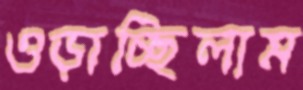
ওড়াচ্ছিলাম